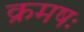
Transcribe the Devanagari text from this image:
क्रमषः